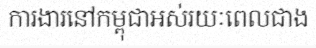
ការងារនៅកម្ពុជាអស់រយៈពេលជាង